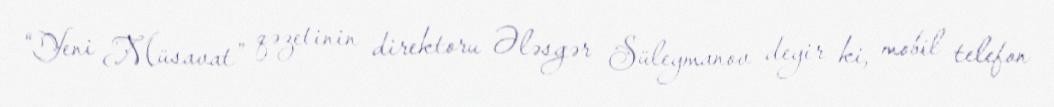
“Yeni Müsavat” qəzetinin direktoru Ələsgər Süleymanov deyir ki, mobil telefon